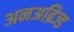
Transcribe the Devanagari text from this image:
अनअब्रिज्ड